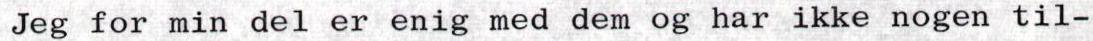
Jeg for min del er enig med dem og har ikke nogen til-